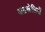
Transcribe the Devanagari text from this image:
अठखेलियों